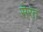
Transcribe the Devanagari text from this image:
सेरत